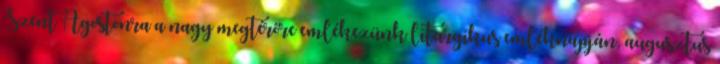
Szent Ágostonra a nagy megtérőre emlékezünk liturgikus emléknapján, augusztus